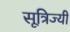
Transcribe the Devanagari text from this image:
सूत्रिज्यी